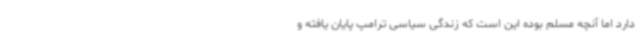
دارد اما آنچه مسلم بوده این است که زندگی سیاسی ترامپ پایان یافته و